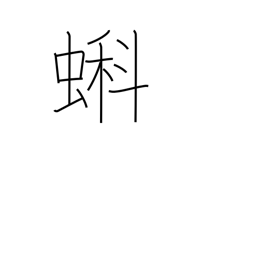
Meaning: tadpole